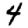
Digit: 4